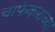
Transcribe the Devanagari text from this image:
चाफेकरांच्या